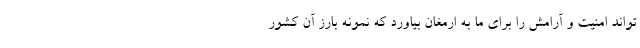
تواند امنیت و آرامش را برای ما به ارمغان بیاورد که نمونه بارز آن کشور